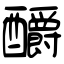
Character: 釂